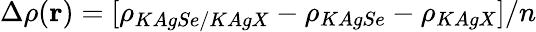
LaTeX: \Delta\rho(\textbf{r})=[\rho_{KAgSe/KAgX}-\rho_{KAgSe}-\rho_{KAgX}]/n